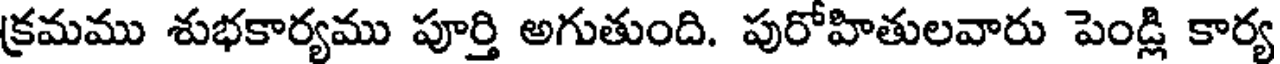
క్రమము శుభకార్యము పూర్తి అగుతుంది. పురోహితులవారు పెండ్లి కార్య